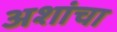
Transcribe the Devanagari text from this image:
अशांचा